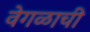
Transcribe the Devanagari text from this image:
वेगळाची